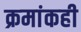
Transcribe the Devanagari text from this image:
क्रमांकही